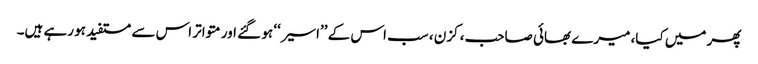
پھر میں کیا، میرے بھائی صاحب، کزن ، سب اس کے ’’اسیر‘‘ ہو گئے اور متواتر اس سے مستفید ہو رہے ہیں۔